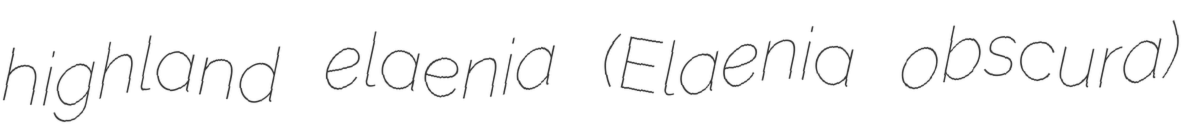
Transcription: highland elaenia (Elaenia obscura)